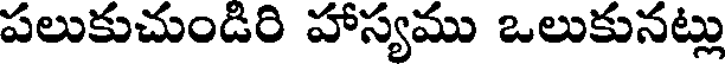
పలుకుచుండిరి హాస్యము ఒలుకునట్లు